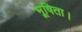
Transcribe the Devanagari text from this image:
भूषिता।